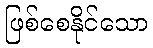
ဖြစ်စေနိုင်သော